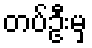
တပ်ဦးမှ